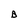
Character: B